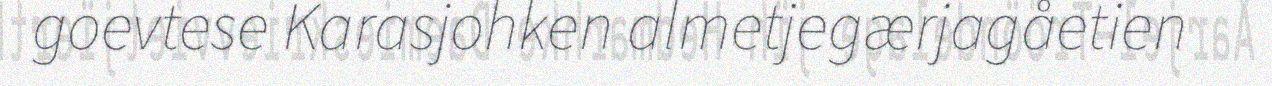
goevtese Karasjohken almetjegærjagåetien